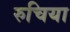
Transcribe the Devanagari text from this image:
रुचिया